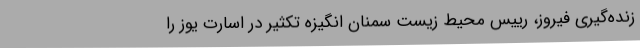
زنده‌گیری فیروز، ريیس محیط زیست سمنان انگیزه تکثیر در اسارت یوز را